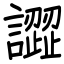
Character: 譅